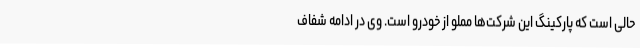
حالی است که پارکینگ این شرکت‌ها مملو از خودرو است. وی در ادامه شفاف